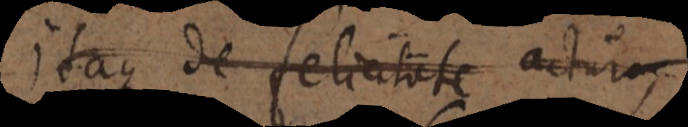
Itaque de felicitate actur